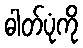
ဓါတ်ပုံကို